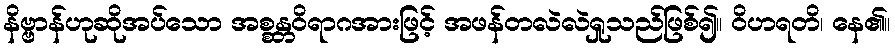
နိဗ္ဗာန်ဟုဆိုအပ်သော အစ္စန္တဝိရာဂအားဖြင့် အဖန်တလဲလဲရှုသည်ဖြစ်၍။ ဝိဟရတိ၊ နေ၏။